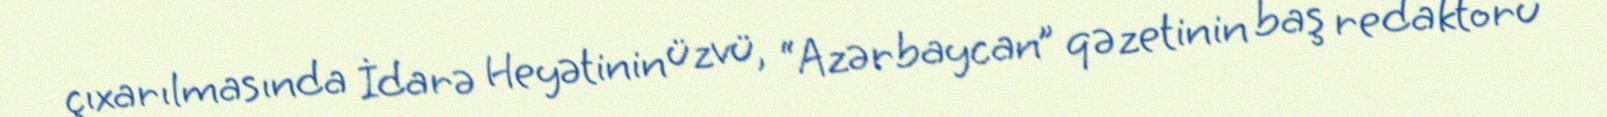
çıxarılmasında İdarə Heyətinin üzvü, “Azərbaycan” qəzetinin baş redaktoru